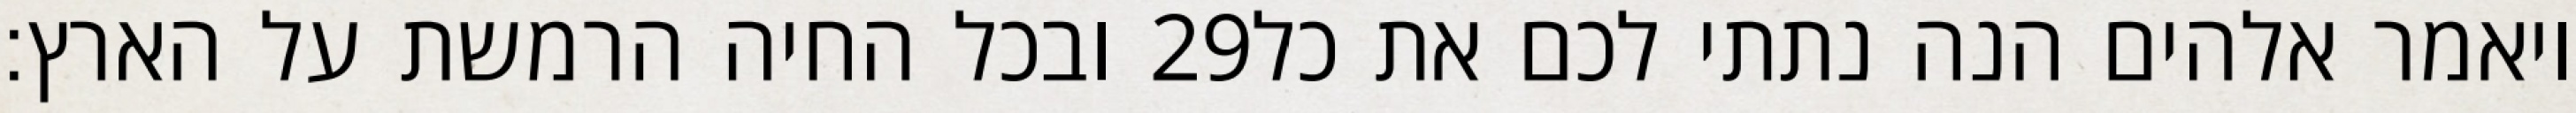
ובכל החיה הרמשת על הארץ׃ ‎29‏ ויאמר אלהים הנה נתתי לכם את כל